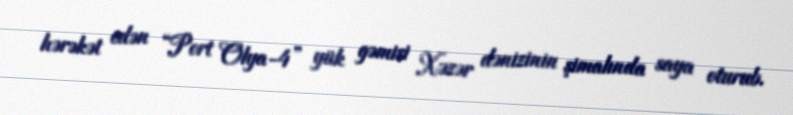
hərəkət edən “Port Olya-4” yük gəmisi Xəzər dənizinin şimalında saya oturub.